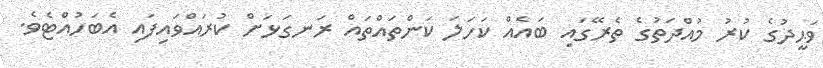
ވަޙީދުގެ ކުރު މުއްދަތުގެ ތެރޭގައި ބައެއް ކަހަލަ ކަންތައްތައް ރަނގަޅަށް ކުރައްވައިފައި އެބަހުއްޓެވެ.